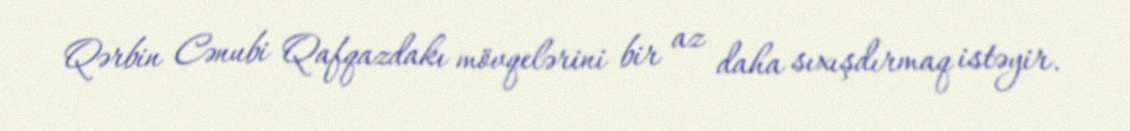
Qərbin Cənubi Qafqazdakı mövqelərini bir az daha sıxışdırmaq istəyir.